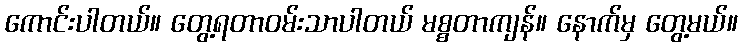
ကောင်းပါတယ်။ တွေ့ရတာဝမ်းသာပါတယ် မစ္စတာကျန်။ နောက်မှ တွေ့မယ်။